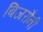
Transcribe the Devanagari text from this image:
बिजरौनी